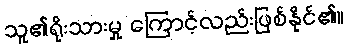
သူ၏ရိုးသားမှု ကြောင့်လည်းဖြစ်နိုင်၏။